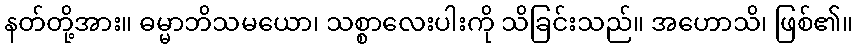
နတ်တို့အား။ ဓမ္မာဘိသမယော၊ သစ္စာလေးပါးကို သိခြင်းသည်။ အဟောသိ၊ ဖြစ်၏။